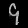
Digit: ၄